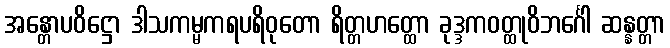
အန္တောပဝိဋ္ဌော ဒါသကမ္မကရပရိဝုတော ရိတ္တဟတ္ထော ခုဒ္ဒကဝတ္ထုဝိဘင်္ဂေါ ဆန္နတ္တာ